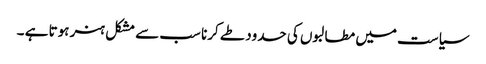
سیاست میں مطالبوں کی حدود طے کرنا سب سے مشکل ہنر ہوتا ہے ۔